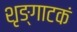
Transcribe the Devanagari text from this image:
शृङ्गाटकं